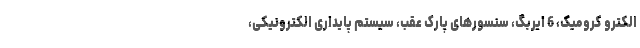
الکترو کرومیک، 6 ایربگ، سنسورهای پارک عقب، سیستم پایداری الکترونیکی،